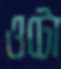
ওটো